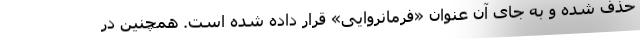
حذف شده و به جای آن عنوان «فرمانروایی» قرار داده شده است. همچنین در